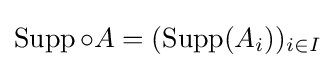
\operatorname {Supp} \circ A=(\operatorname {Supp} (A_{i}))_{i\in I}